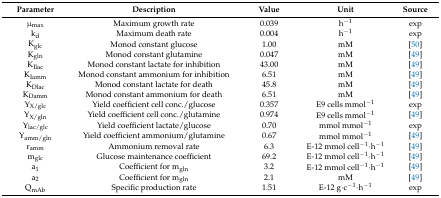
| Parameter | Description | Value | Unit | Source |
 | --- | --- | --- | --- | --- |
 | μmax | Maximum growth rate | 0.039 | h−1 | exp |
 | kd | Maximum death rate | 0.004 | h−1 | exp |
 | Kglc | Monod constant glucose | 1.00 | mM | [50] |
 | Kgln | Monod constant glutamine | 0.047 | mM | [49] |
 | KIlac | Monod constant lactate for inhibition | 43.00 | mM | [49] |
 | KIamm | Monod constant ammonium for inhibition | 6.51 | mM | [49] |
 | KDlac | Monod constant lactate for death | 45.8 | mM | [49] |
 | KDamm | Monod constant ammonium for death | 6.51 | mM | [49] |
 | YX/glc | Yield coefficient cell conc./glucose | 0.357 | E9 cells mmol−1 | exp |
 | YX/gln | Yield coefficient cell conc./glutamine | 0.974 | E9 cells mmol−1 | [49] |
 | Ylac/glc | Yield coefficient lactate/glucose | 0.70 | mmol mmol−1 | exp |
 | Yamm/gln | Yield coefficient ammonium/glutamine | 0.67 | mmol mmol−1 | [49] |
 | ramm | Ammonium removal rate | 6.3 | E-12 mmol cell−1·h−1 | [49] |
 | mglc | Glucose maintenance coefficient | 69.2 | E-12 mmol cell−1·h−1 | [49] |
 | a1 | Coefficient for mgln | 3.2 | E-12 mmol cell−1·h−1 | [49] |
 | a2 | Coefficient for mgln | 2.1 | mM | [49] |
 | QmAb | Specific production rate | 1.51 | E-12 g·c−1·h−1 | exp |